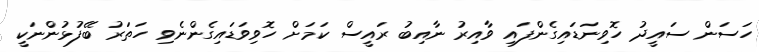
ހަސަން ސައީދު ހޮވިނަޑައިގެންފައި ވާއިރު ނާއިބު ރައީސް ކަމަށް ހޮވިވަޑައިގެންނެވި ހަތަރު ބޭފުޅުންނަކީ